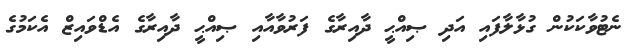
ނެޓުވާކަކުން ގުޅާލާފައި އަދި ޞިއްޙީ ދާއިރާގެ ފަރުވާއާއި ޞިއްޙީ ދާއިރާގެ އެޑްވައިޒް އެކަމުގެ